Trukikaitis_Postimees, lk 161
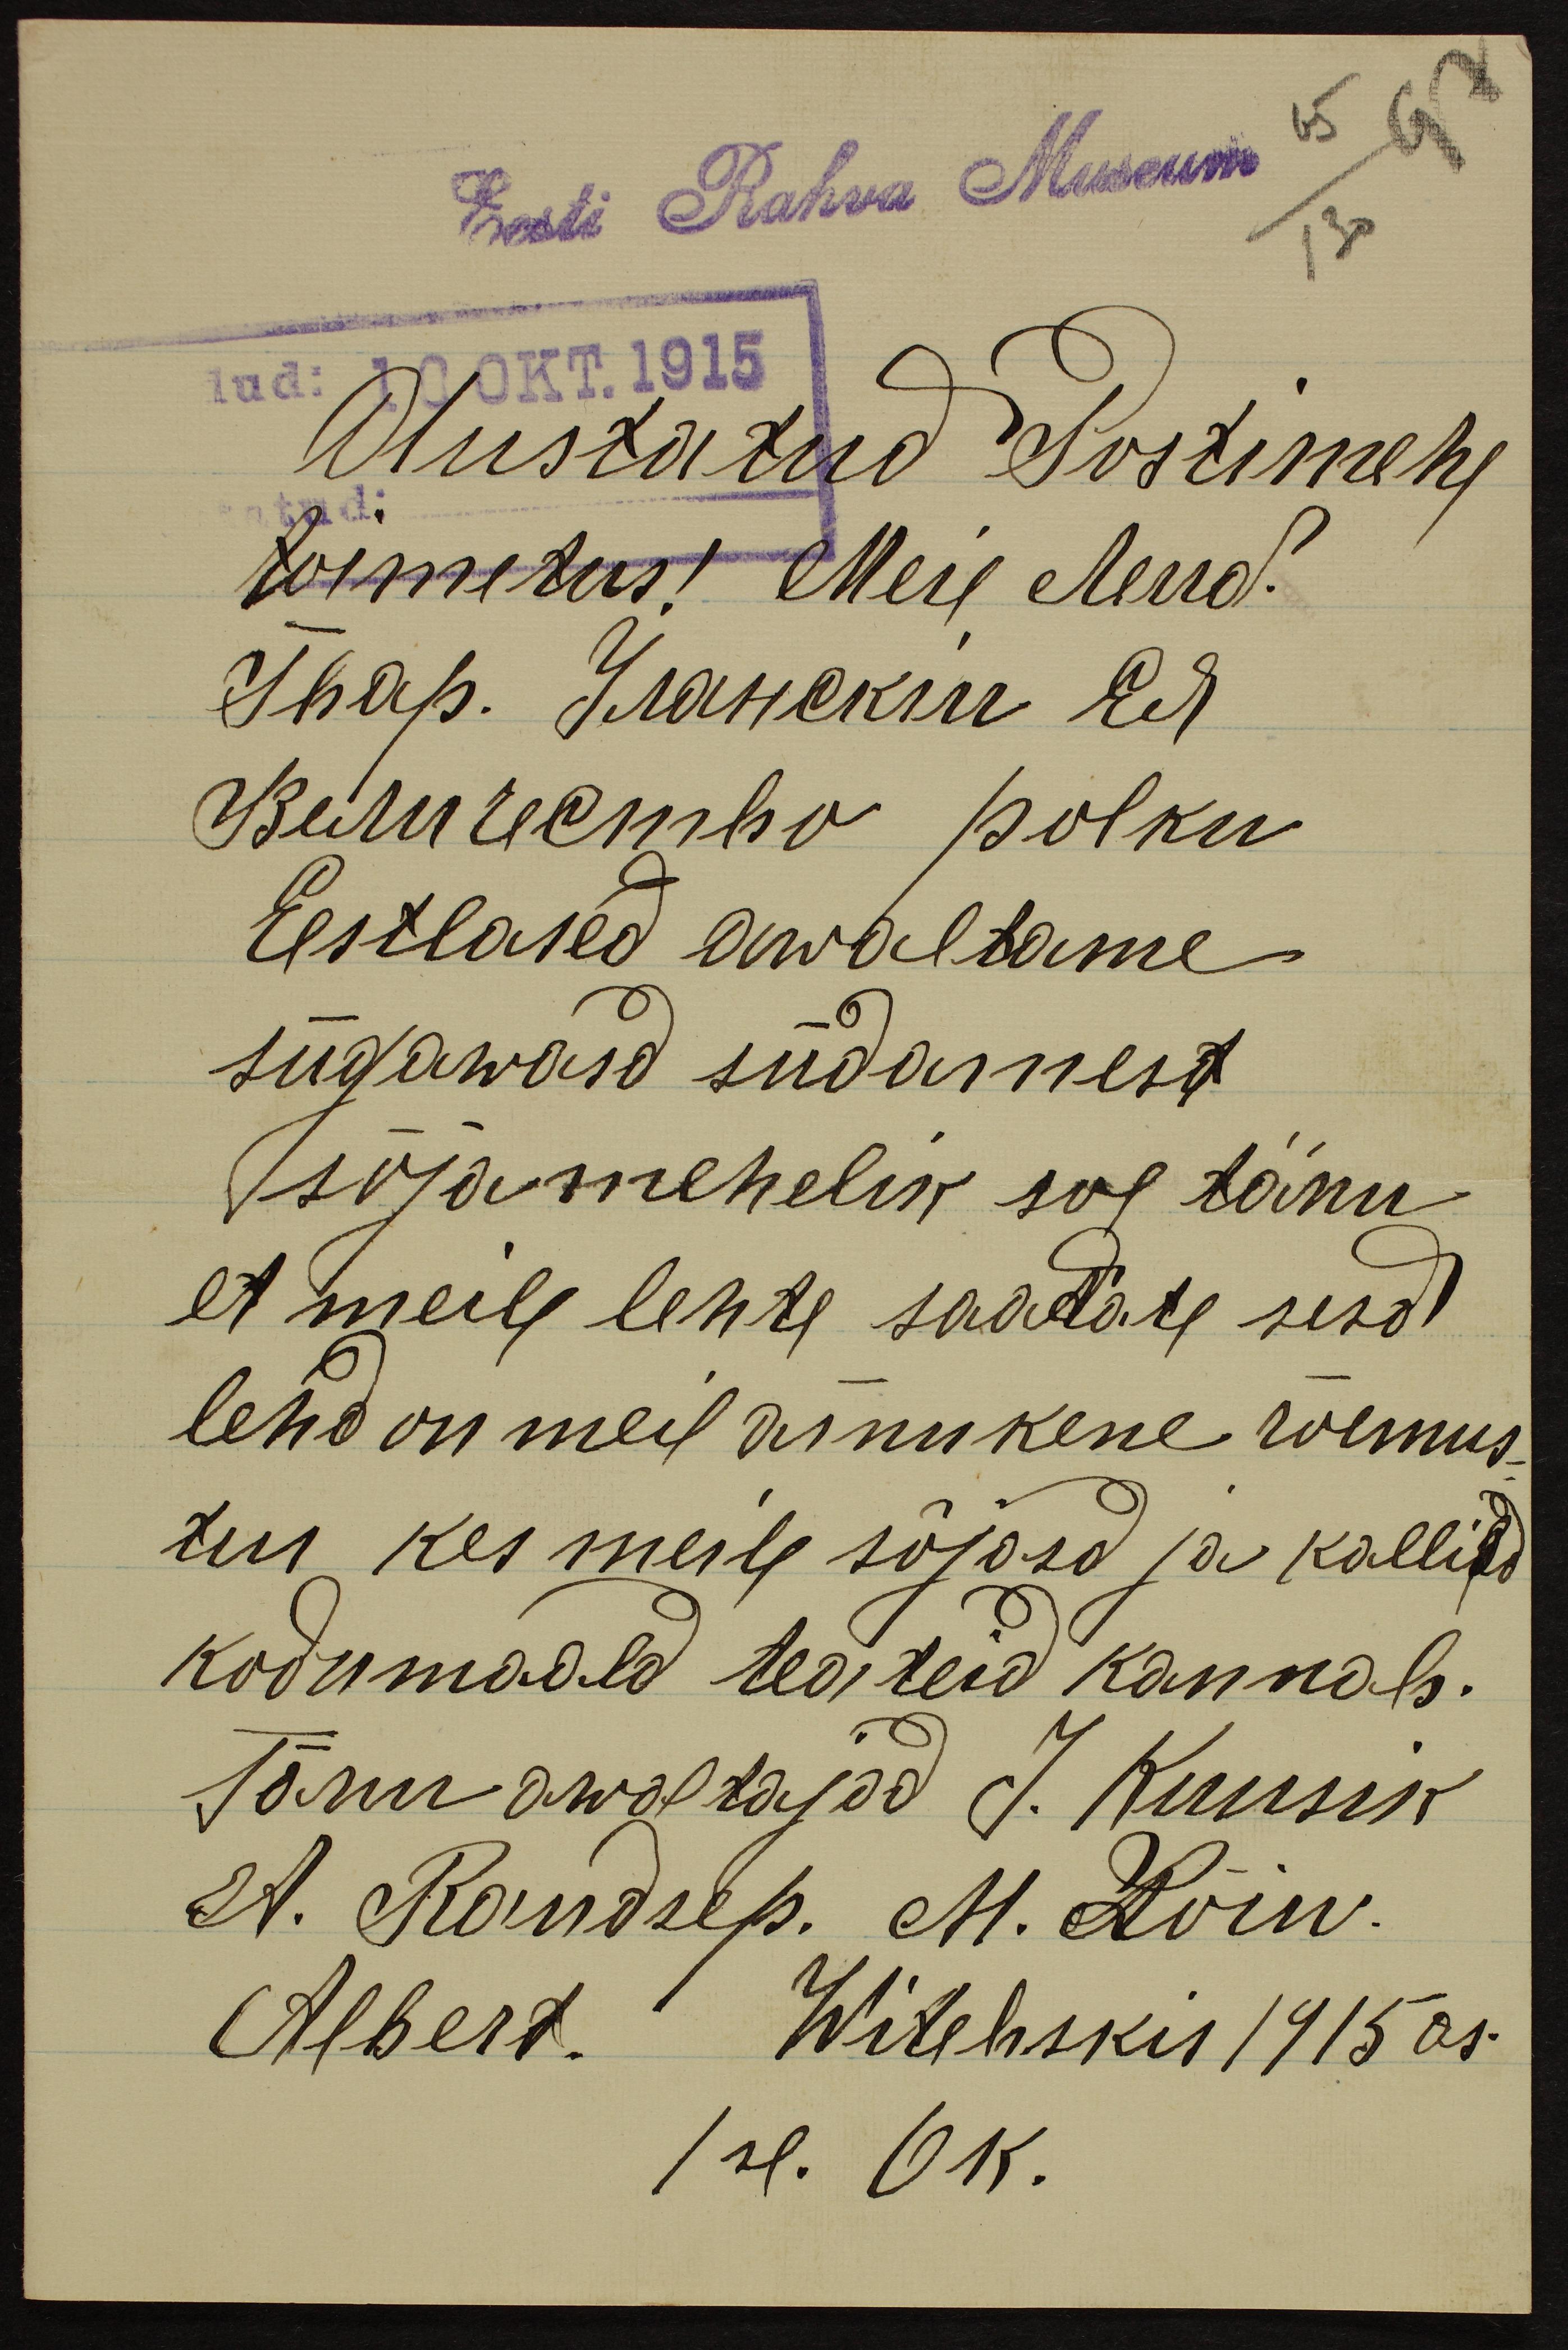
Eest Rahva Museum
Austatud Postimehe
toimetus! Meie lend.
Jhap. Уанский сб.
Величество polku
Eestlased awaltame
sügawaid südamest
sõjamehelik soe tänu
et meile lehte saatate sest
lehd on meil ainukene rõemus-
tus kes meile sõjasd ja kallild
kodumaald teateid kannab.
Tänu awaltajad J. Kuusik
A. Raudsep. M. Kõiw.
Albert. Witebiskis 1915 as.
1sl. Ok.